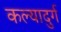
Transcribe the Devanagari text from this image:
कल्यादुर्ग